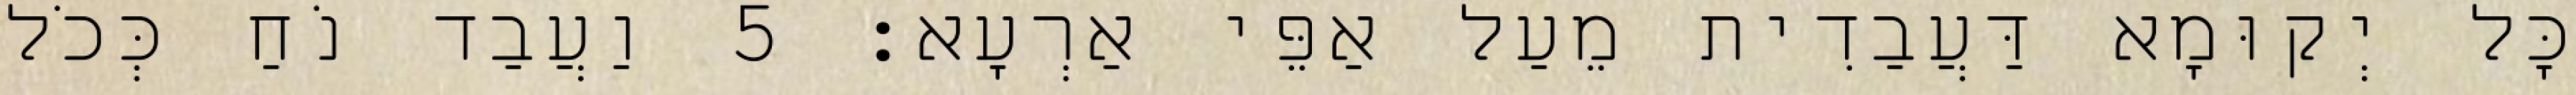
כָּל יְקוּמָא דַּעֲבַדִית מֵעַל אַפֵּי אַרְעָא׃ 5 וַעֲבַד נֹחַ כְּכֹל